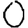
Digit: 0